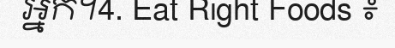
អ្នក។4. Eat Right Foods ៖